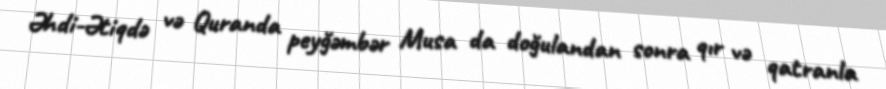
Əhdi-Ətiqdə və Quranda peyğəmbər Musa da doğulandan sonra qır və qatranla